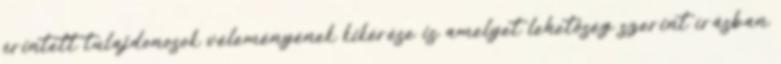
érintett tulajdonosok véleményének kikérése is amelyet lehetőség szerint írásban